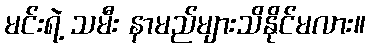
မင်းရဲ့ သမီး နာမည်များသိနိုင်မလား။